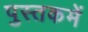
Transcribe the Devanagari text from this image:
पुस्‍तकमें